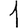
Digit: 1